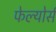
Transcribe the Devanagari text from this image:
फेल्योर्स